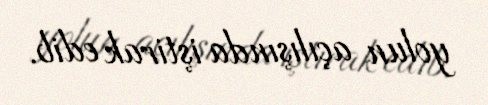
yolun açılışında iştirak edib.